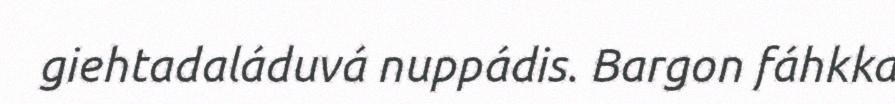
giehtadaláduvá nuppádis. Bargon fáhkka